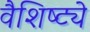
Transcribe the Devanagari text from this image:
वैशिष्‍ट्ये